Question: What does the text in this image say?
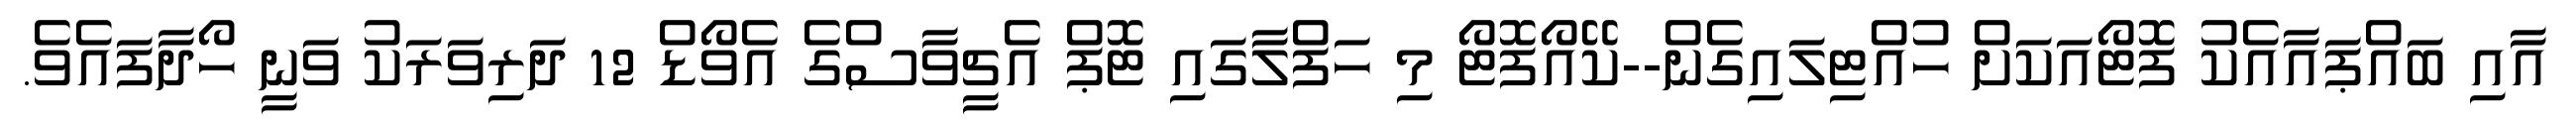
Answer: އާއި ބައްޕައާއެކު ފޮޓޯއަކަށް ހުއްޓިލައިގެން--ކޭއޯފޮޓޯ މި ހަފްލާގައި ޓޮޕް އެޗީވާސްގެ އެވޯޑް 12 ދަރިވަރަކު ވަނީ ހޯދާފައެވެ.